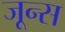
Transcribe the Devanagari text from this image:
जून्स